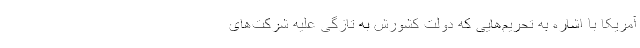
آمریکا با اشاره به تحریم‌هایی که دولت کشورش به تازگی علیه شرکت‌های